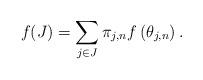
LaTeX: \begin{align*} f(J)=\sum_{j\in J}\pi_{j,n} f\left(\theta_{j,n}\right).\end{align*}